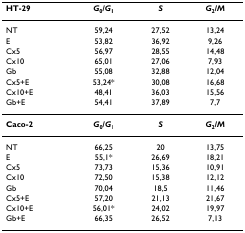
<table><thead><tr><td><b>HT-29</b></td><td><b><i>G</i><sub>0</sub>/<i>G</i><sub>1</sub></b></td><td><b><i>S</i></b></td><td><b><i>G</i><sub>2</sub>/<i>M</i></b></td></tr></thead><tbody><tr><td>NT</td><td>59,24</td><td>27,52</td><td>13,24</td></tr><tr><td>E</td><td>53,82</td><td>36,92</td><td>9,26</td></tr><tr><td>Cx5</td><td>56,97</td><td>28,55</td><td>14,48</td></tr><tr><td>Cx10</td><td>65,01</td><td>27,06</td><td>7,93</td></tr><tr><td>Gb</td><td>55,08</td><td>32,88</td><td>12,04</td></tr><tr><td>Cx5+E</td><td>53,24*</td><td>30,08</td><td>16,68</td></tr><tr><td>Cx10+E</td><td>48,41</td><td>36,03</td><td>15,56</td></tr><tr><td>Gb+E</td><td>54,41</td><td>37,89</td><td>7,7</td></tr><tr><td><b>Caco-2</b></td><td><b><i>G</i><sub>0</sub>/<i>G</i></b><sub>1</sub></td><td><b><i>S</i></b></td><td><b><i>G</i><sub>2</sub>/<i>M</i></b></td></tr><tr><td>NT</td><td>66,25</td><td>20</td><td>13,75</td></tr><tr><td>E</td><td>55,1*</td><td>26,69</td><td>18,21</td></tr><tr><td>Cx5</td><td>73,73</td><td>15,36</td><td>10,91</td></tr><tr><td>Cx10</td><td>72,50</td><td>15,38</td><td>12,12</td></tr><tr><td>Gb</td><td>70,04</td><td>18,5</td><td>11,46</td></tr><tr><td>Cx5+E</td><td>57,20</td><td>21,13</td><td>21,67</td></tr><tr><td>Cx10+E</td><td>56,01*</td><td>24,02</td><td>19,97</td></tr><tr><td>Gb+E</td><td>66,35</td><td>26,52</td><td>7,13</td></tr></tbody></table>